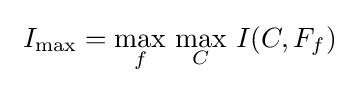
\textstyle \ I_{\max }={\underset {f}{\max }}\ {\underset {C}{\max }}\ I(C,F_{f})